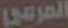
المرعي